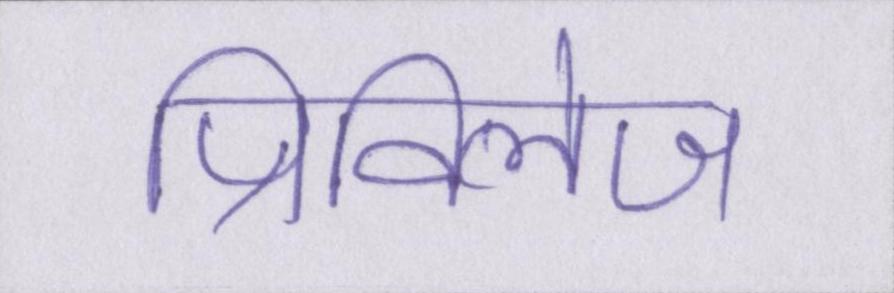
प्रिविलेज